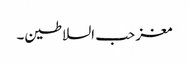
مغز حب السلاطین۔